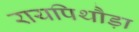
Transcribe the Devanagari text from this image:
रायपिथौड़ा